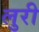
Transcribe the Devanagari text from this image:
लुरी